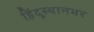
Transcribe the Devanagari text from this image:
हिंदूस्थानभर